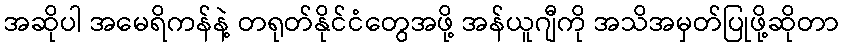
အဆိုပါ အမေရိကန်နဲ့ တရုတ်နိုင်ငံတွေအဖို့ အန်ယူဂျီကို အသိအမှတ်ပြုဖို့ဆိုတာ